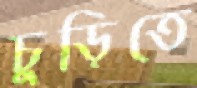
চুড়িতে